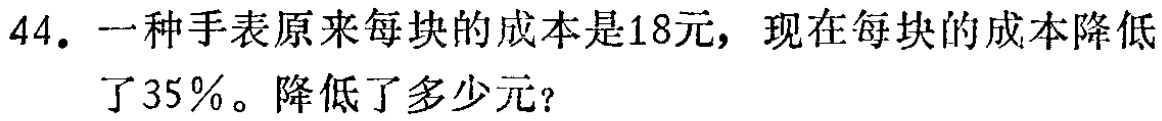
44. 一种手表原来每块的成本是18元，现在每块的成本降低了35%。降低了多少元？